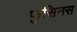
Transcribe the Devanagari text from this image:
फुसिनस